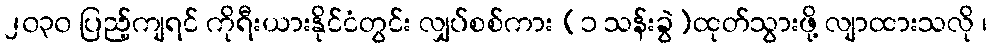
၂၀၃၀ ပြည့်ကျရင် ကိုရီးယားနိုင်ငံတွင်း လျှပ်စစ်ကား (၁ သန်းခွဲ)ထုတ်သွားဖို့ လျာထားသလို ၊